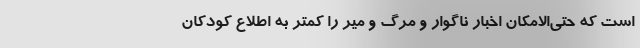
است که حتی‌الامکان اخبار ناگوار و مرگ و میر را کمتر به اطلاع کودکان